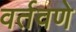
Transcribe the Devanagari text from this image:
वर्तवणे